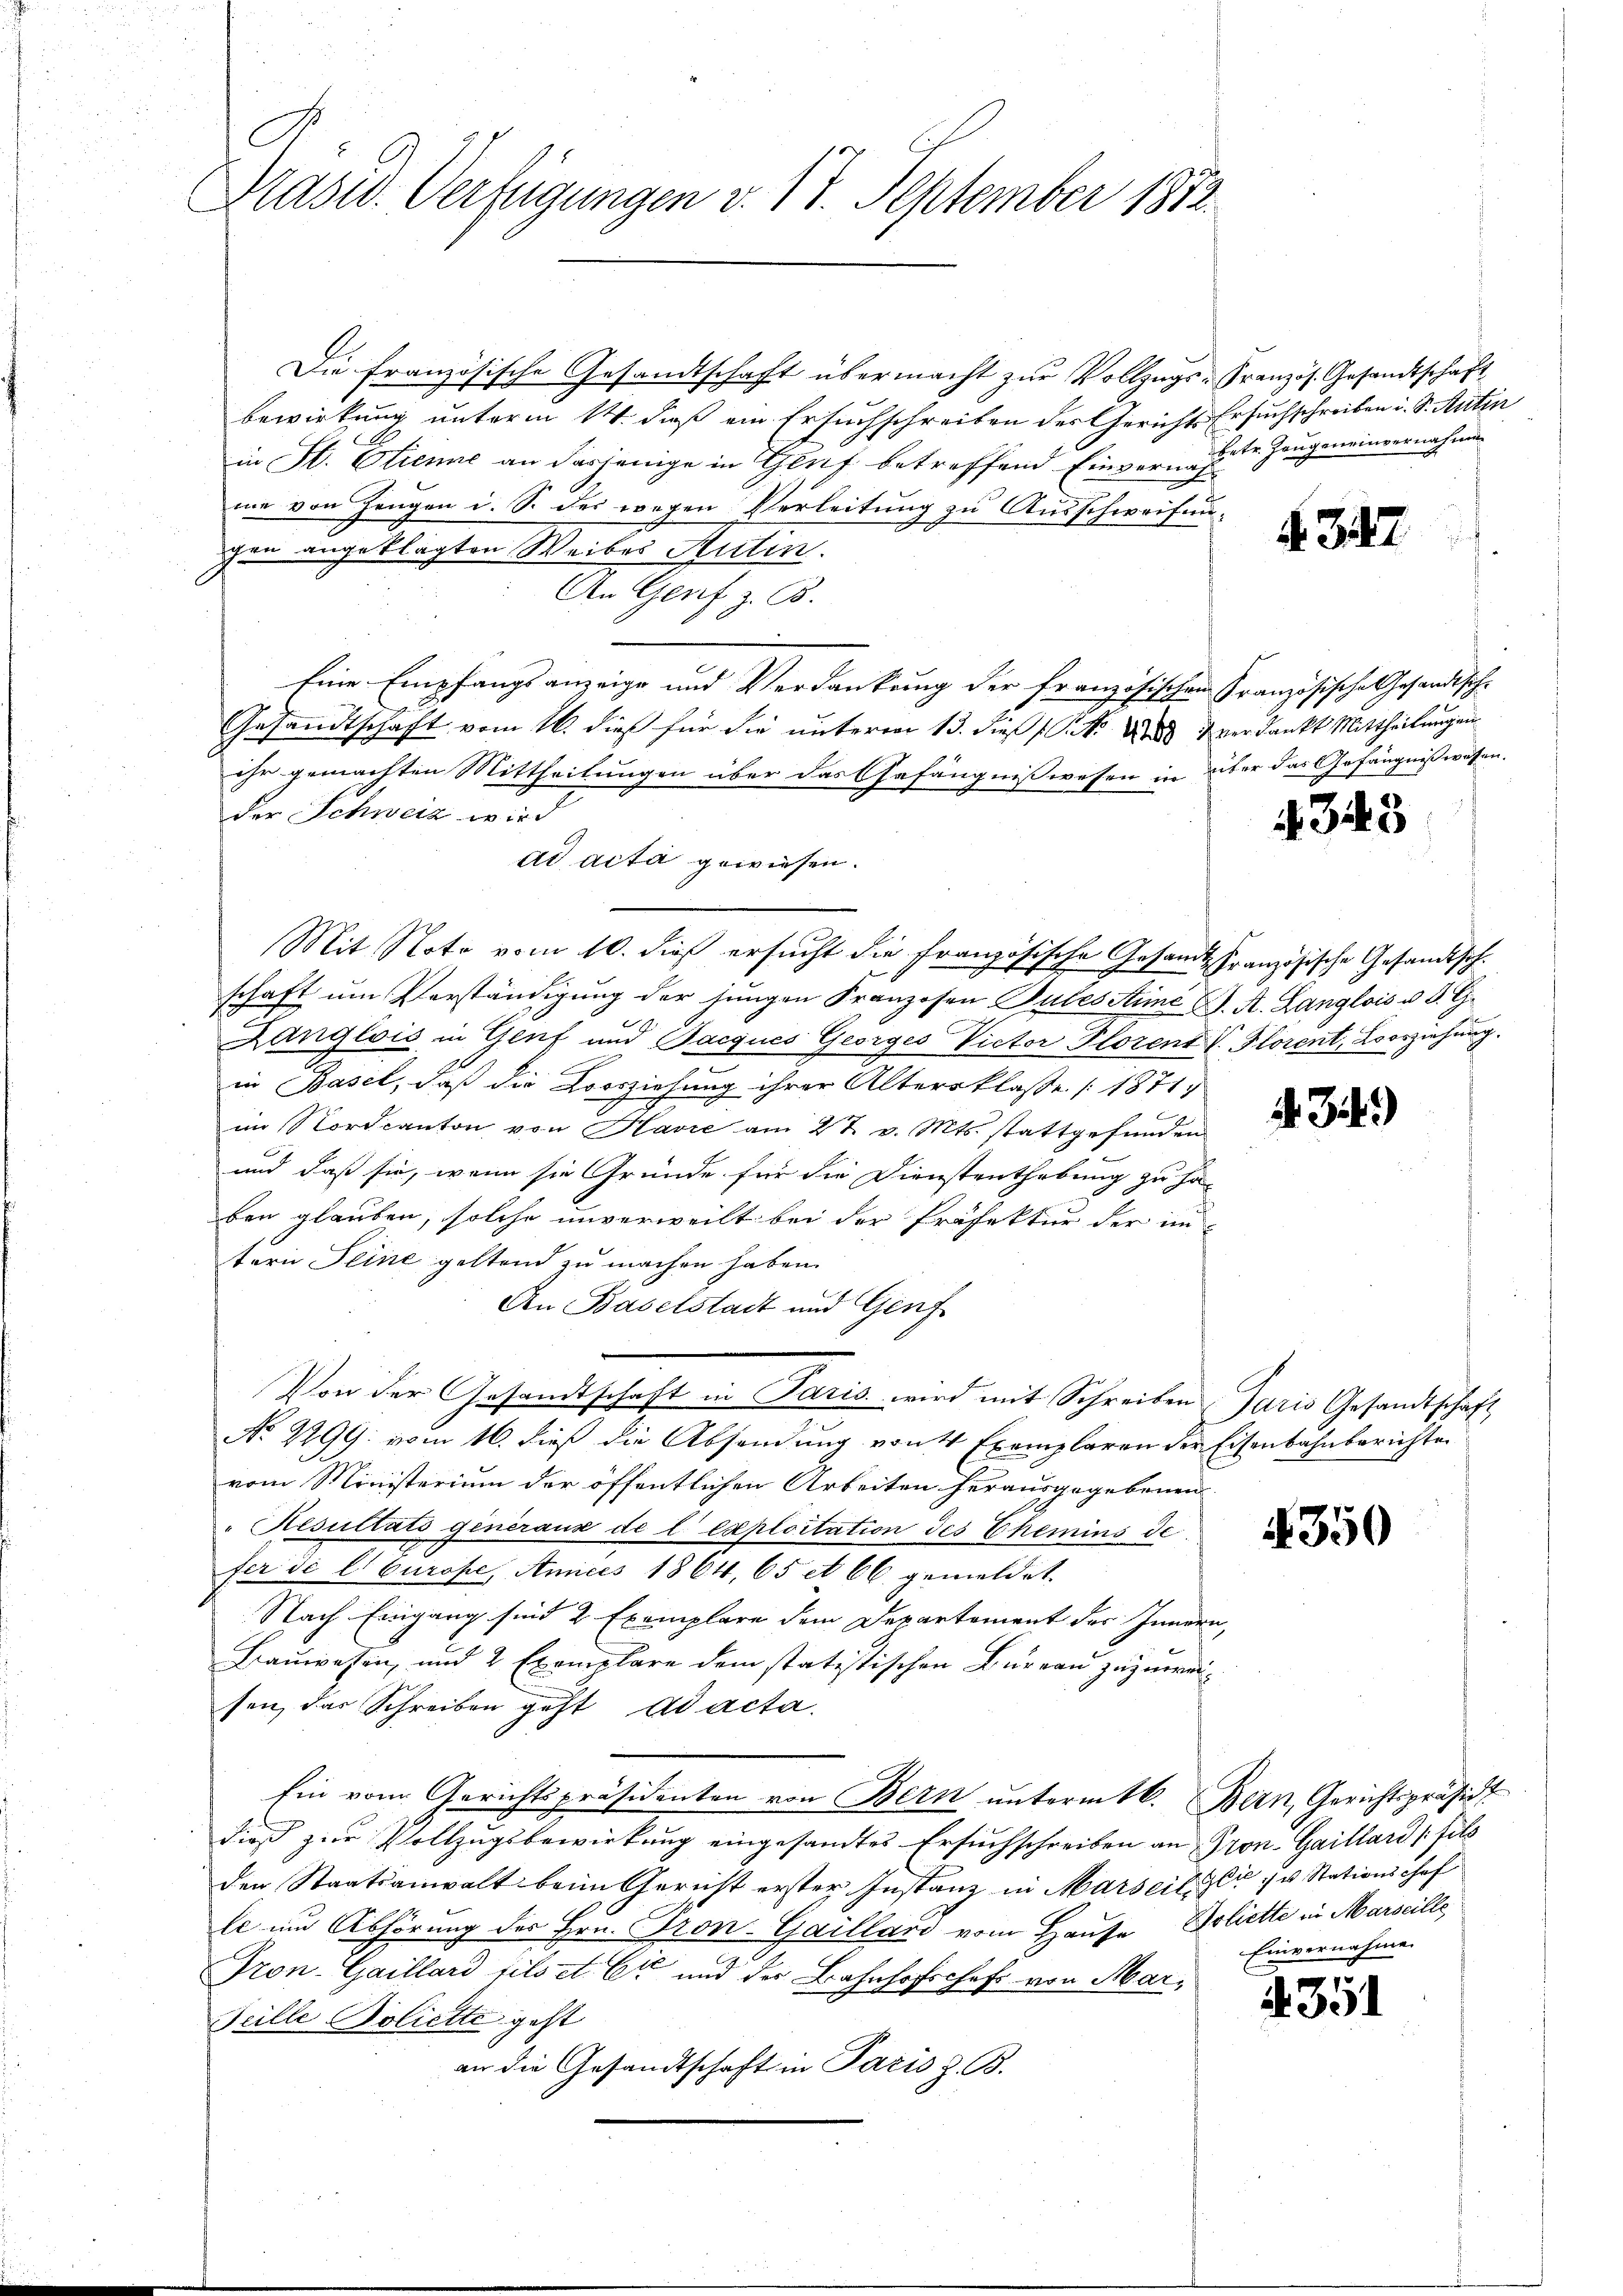
Die französische Gesandtschaft übermacht zŭr Vollzugs-Französ. Gesandtschaft
bewirkung unterm 14. daß ein Ersuchschreiben der Gerichts Ersuchschreiben i. S. Autin
in St. Cliene an derjenige in Glut betreffend Einvermahnte Zeugeneinvernahmen
me von Zeugen i. S. des wegen Verleitung zu Ausschweifengen angeklagten Weibes Antin.
An Genf z. B.
Eine Empfangsanzeige und Verdankung der französischen Französische Gesandtsch-
Gesandtschaft vom 16. dieß für die unterren 13. dieß (N. Und verdankt Mittheilungen
ihr gemachten Mittheilungen über das Gefängnißwesen in über das Gefängnißwesen.
der Schweiz wird
ad acta gewiesen.
Mit Note vom 10. dieß ersucht die Französische Gesandt, Französische Gesandtschschaft ŭm Verständigung der jungen Franzosen Pules Stime J. A. Langlois u. d. G.
Danglois in Genf und Jacques Georges Victor Florent V. Florent, Lorziehung.
in Basel, daß die Loosziehung ihrer Altersklasse [1871
g
im Nordcanton von Harie am 27. v. Mts. stattgefunden
und daß sie, wenn sie Gründe für die Dienstenthebung zu ha
ben glauben, solche unverweilt bei der Präfektur der un-
tern Seine geltend zu machen haben.
An Baselstadt und Genf
Von der Gesandtschaft in Paris wird mit Schreiben Jaris Gesandtschaft
No. 2299: vom 16. dieß die Absendung von 4 Exemplaren der Eisenbahnberichten
vom Ministerium der öffentlichen Arbeiten herausgegebenen
" Resultats generaus de l. exploitation des Chemins de
fer die Europe, Amicis 1864, 65 et 66. gemeldet.
Nach Eingang sind 2 Exemplare dem Departement des Innern,
Bauwesen, und 2 Exemplare dem statistischen Bureau zuzuweisen, das Schreiben geht ad acta.
Ein vom Gerichtspräsidenten von Bern ŭnterm 16. Bern, Gerichtspräsid
dieß zur Vollzugsbewirkung eingesandtes Ersuchschreiben an Pron-Gaillard (fils
den Staatsanwalt beim Gericht erster Instanz in Marseit zu 1 v. Stationshof
le um Abhörung des Hrn. Pron-Gailland vom Hause Boliette in Marseille
Tron-Gaillard fils et Er und der Bahnhofschaft von Mar¬
Scille Poliette geht
an die Gesandtschaft in Paris z. B.

Präsid. Verfügungen v. 17. September 1852

§. 347

4345

4. 34.)

350

4351

Einvernahme.